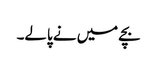
بچے میں نے پالے۔